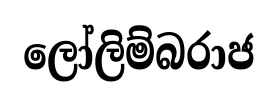
ලෝලිම්බරාජ